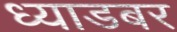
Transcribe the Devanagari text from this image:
ध्याडबर